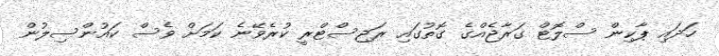
ހަދައި ޕާކިން ސްލޮޓް ގަރާޖެއްގެ ގޮތުގައި ރަޖިސްޓްރީ ކުރެވޭނެ ކަމަށް ވެސް ކައުންސިލުން